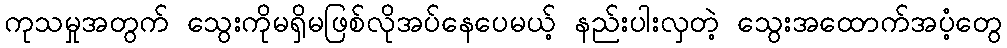
ကုသမှုအတွက် သွေးကိုမရှိမဖြစ်လိုအပ်နေပေမယ့် နည်းပါးလှတဲ့ သွေးအထောက်အပံ့တွေ